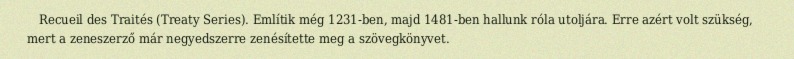
Recueil des Traités (Treaty Series). Említik még 1231-ben, majd 1481-ben hallunk róla utoljára. Erre azért volt szükség, mert a zeneszerző már negyedszerre zenésítette meg a szövegkönyvet.